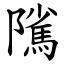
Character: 隲